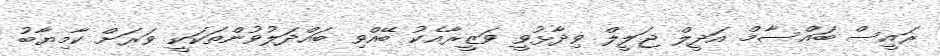
ރައީސް ބައްސާމް އަދީލް ޖަލީލް ވިދާޅުވީ ވަޒީރާއެކު ބޭއްވި ބައްދަލުވުންތަކަކީ ވަރަށް ކާމިޔާބު